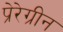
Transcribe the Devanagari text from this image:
प्रेरेग्रीन